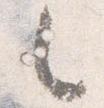
之